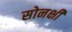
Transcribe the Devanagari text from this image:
सोनक्षी